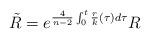
LaTeX: \begin{align*}\tilde R=e^{\frac{4}{n-2}\int^{t}_{0}\frac{r}{k}(\tau) d\tau}R\end{align*}